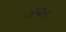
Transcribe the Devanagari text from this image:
अपतन